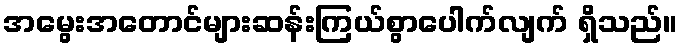
အမွေးအတောင်များဆန်းကြယ်စွာပေါက်လျက် ရှိသည်။